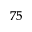
^ { 7 5 }